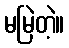
မမြဲတဲ့။